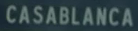
CASABLANCA